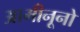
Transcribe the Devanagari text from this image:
आमीनूनो